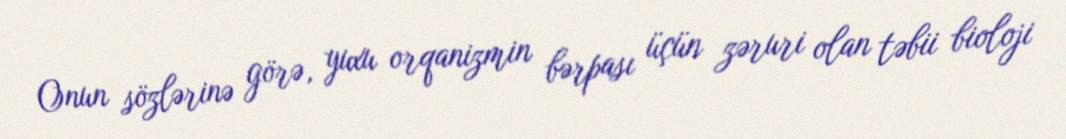
Onun sözlərinə görə, yuxu orqanizmin bərpası üçün zəruri olan təbii bioloji